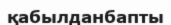
қабылданбапты